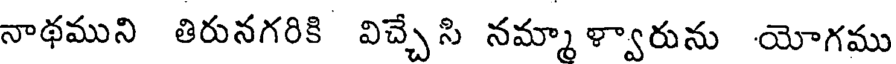
నాథముని తిరునగరికి విచ్చేసి నమ్మాళ్వారును యోగము